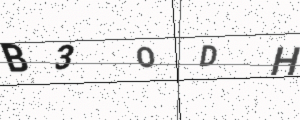
Text: B3ODH